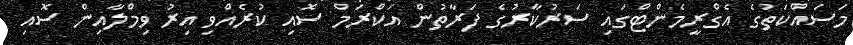
މަސައްކަތުގެ އެގްރީމެންޓްގައި ސަރުކާރުގެ ފަރާތުން އަކްރަމް ސޮއި ކުރެއްވި އިރު ވިމްލާއިން ސޮއި